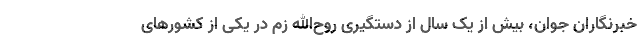
خبرنگاران جوان، بیش از یک سال از دستگیری روح‌الله زم در یکی از کشورهای